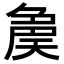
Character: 𡙝